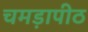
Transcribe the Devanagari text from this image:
चमड़ापीठ